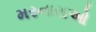
મરનારાઓ